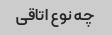
چه نوع اتاقی